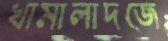
খামালাদজে